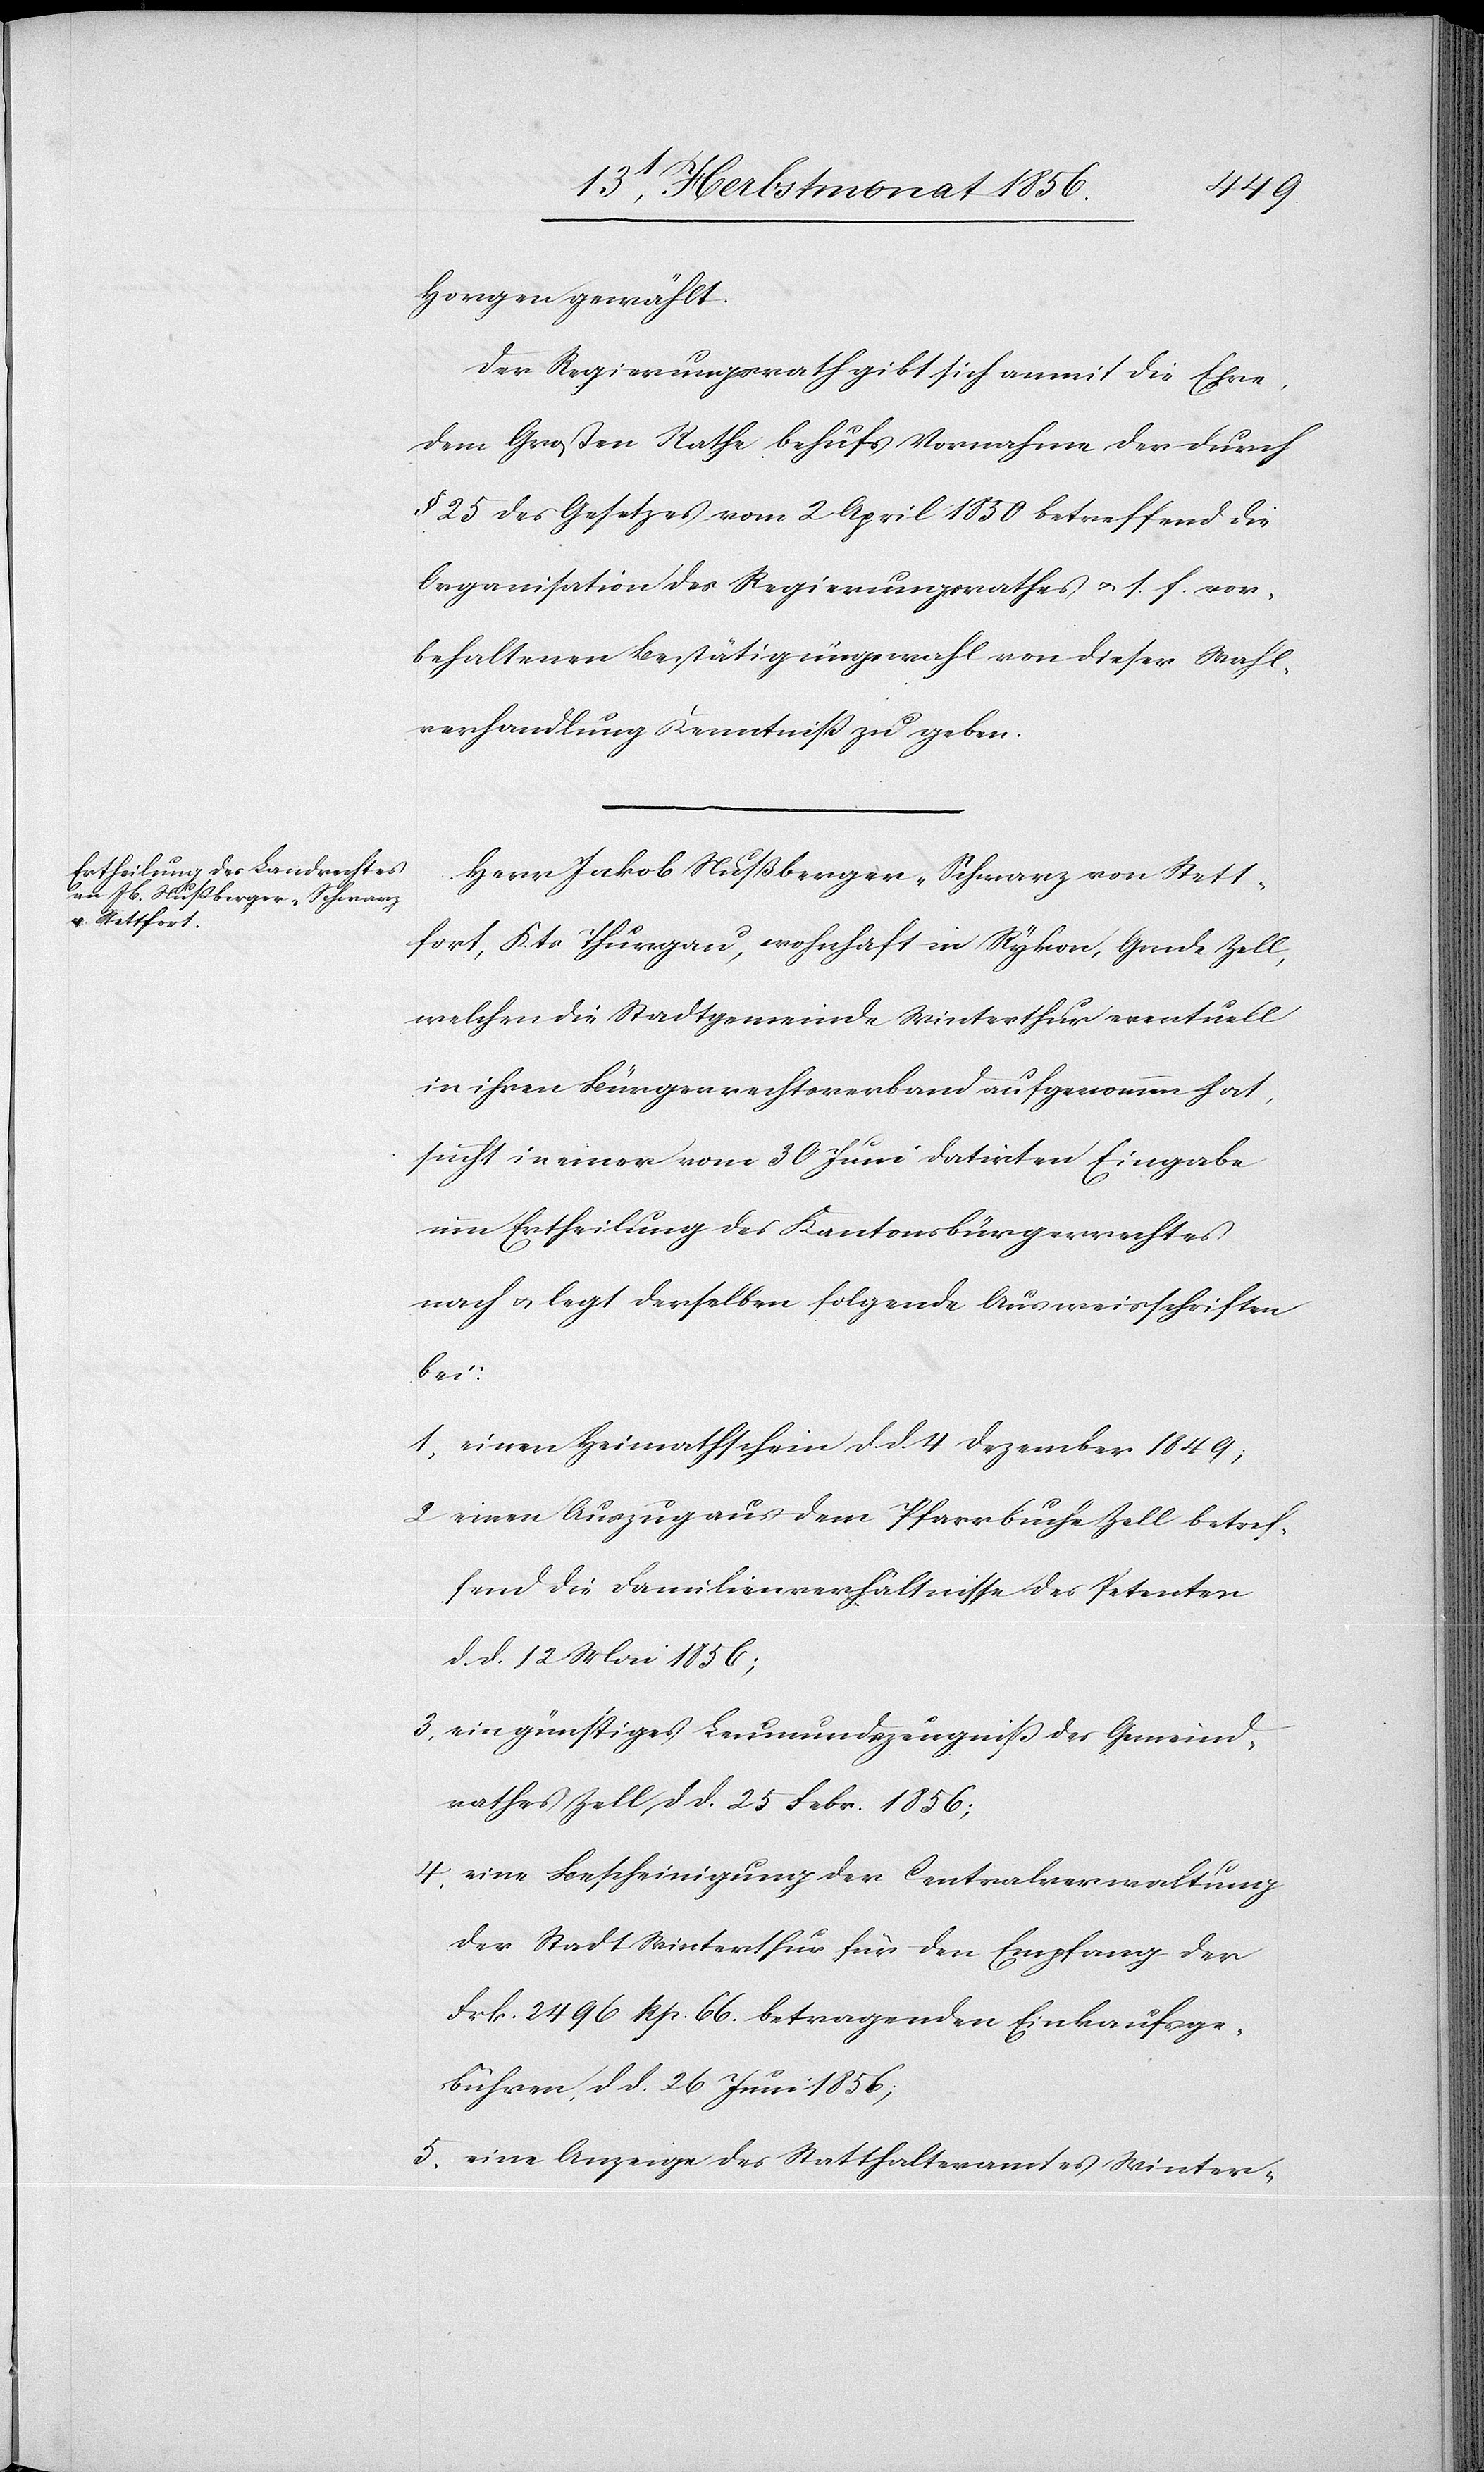
Horgen gewählt.
Der Regierungsrath gibt sich anmit die Ehre,
dem Großen Rathe behufs Vornahme der durch
§ 25 des Gesetzes vom 2 April 1850 betreffend die
Organisation des Regierungsrathes u. s. f. vor¬
behaltenen Bestätigungswahl von dieser Wahl¬
verhandlung Kenntniss zu geben.
Herr Jakob Nußberger-Schwarz von Stett¬
fort, Kts Thurgau, wohnhaft in Rykon, Gmde Zell,
welchen die Stadtgemeinde Winterthur eventuell
in ihren Bürgerrechtsverband aufgenommen hat,
sucht in einer vom 30 Juni datirten Eingabe
um Ertheilung des Kantonsbürgerrechtes
nach u. legt derselben folgende Ausweisschriften
bei:
1) einen Heimatschein d. d. 4 Dezember 1849;
2) einen Auszug aus dem Pfarrbuche Zell betref¬
fend die Familienverhältnisse des Petenten
d. d. 12 Mai 1856;
3) ein günstiges Leumundszeugniss des Gemeind¬
rath Zell, d d. 25 Febr. 1856;
4) eine Bescheinigung der Centralverwaltung
der Stadt Winterthur für den Empfang der
Frk. 2496 Rp. 66. betragenden Einkaufsge¬
bühren, d d. 26 Juni 1856;
5) eine Anzeige des Statthalteramtes Winter-